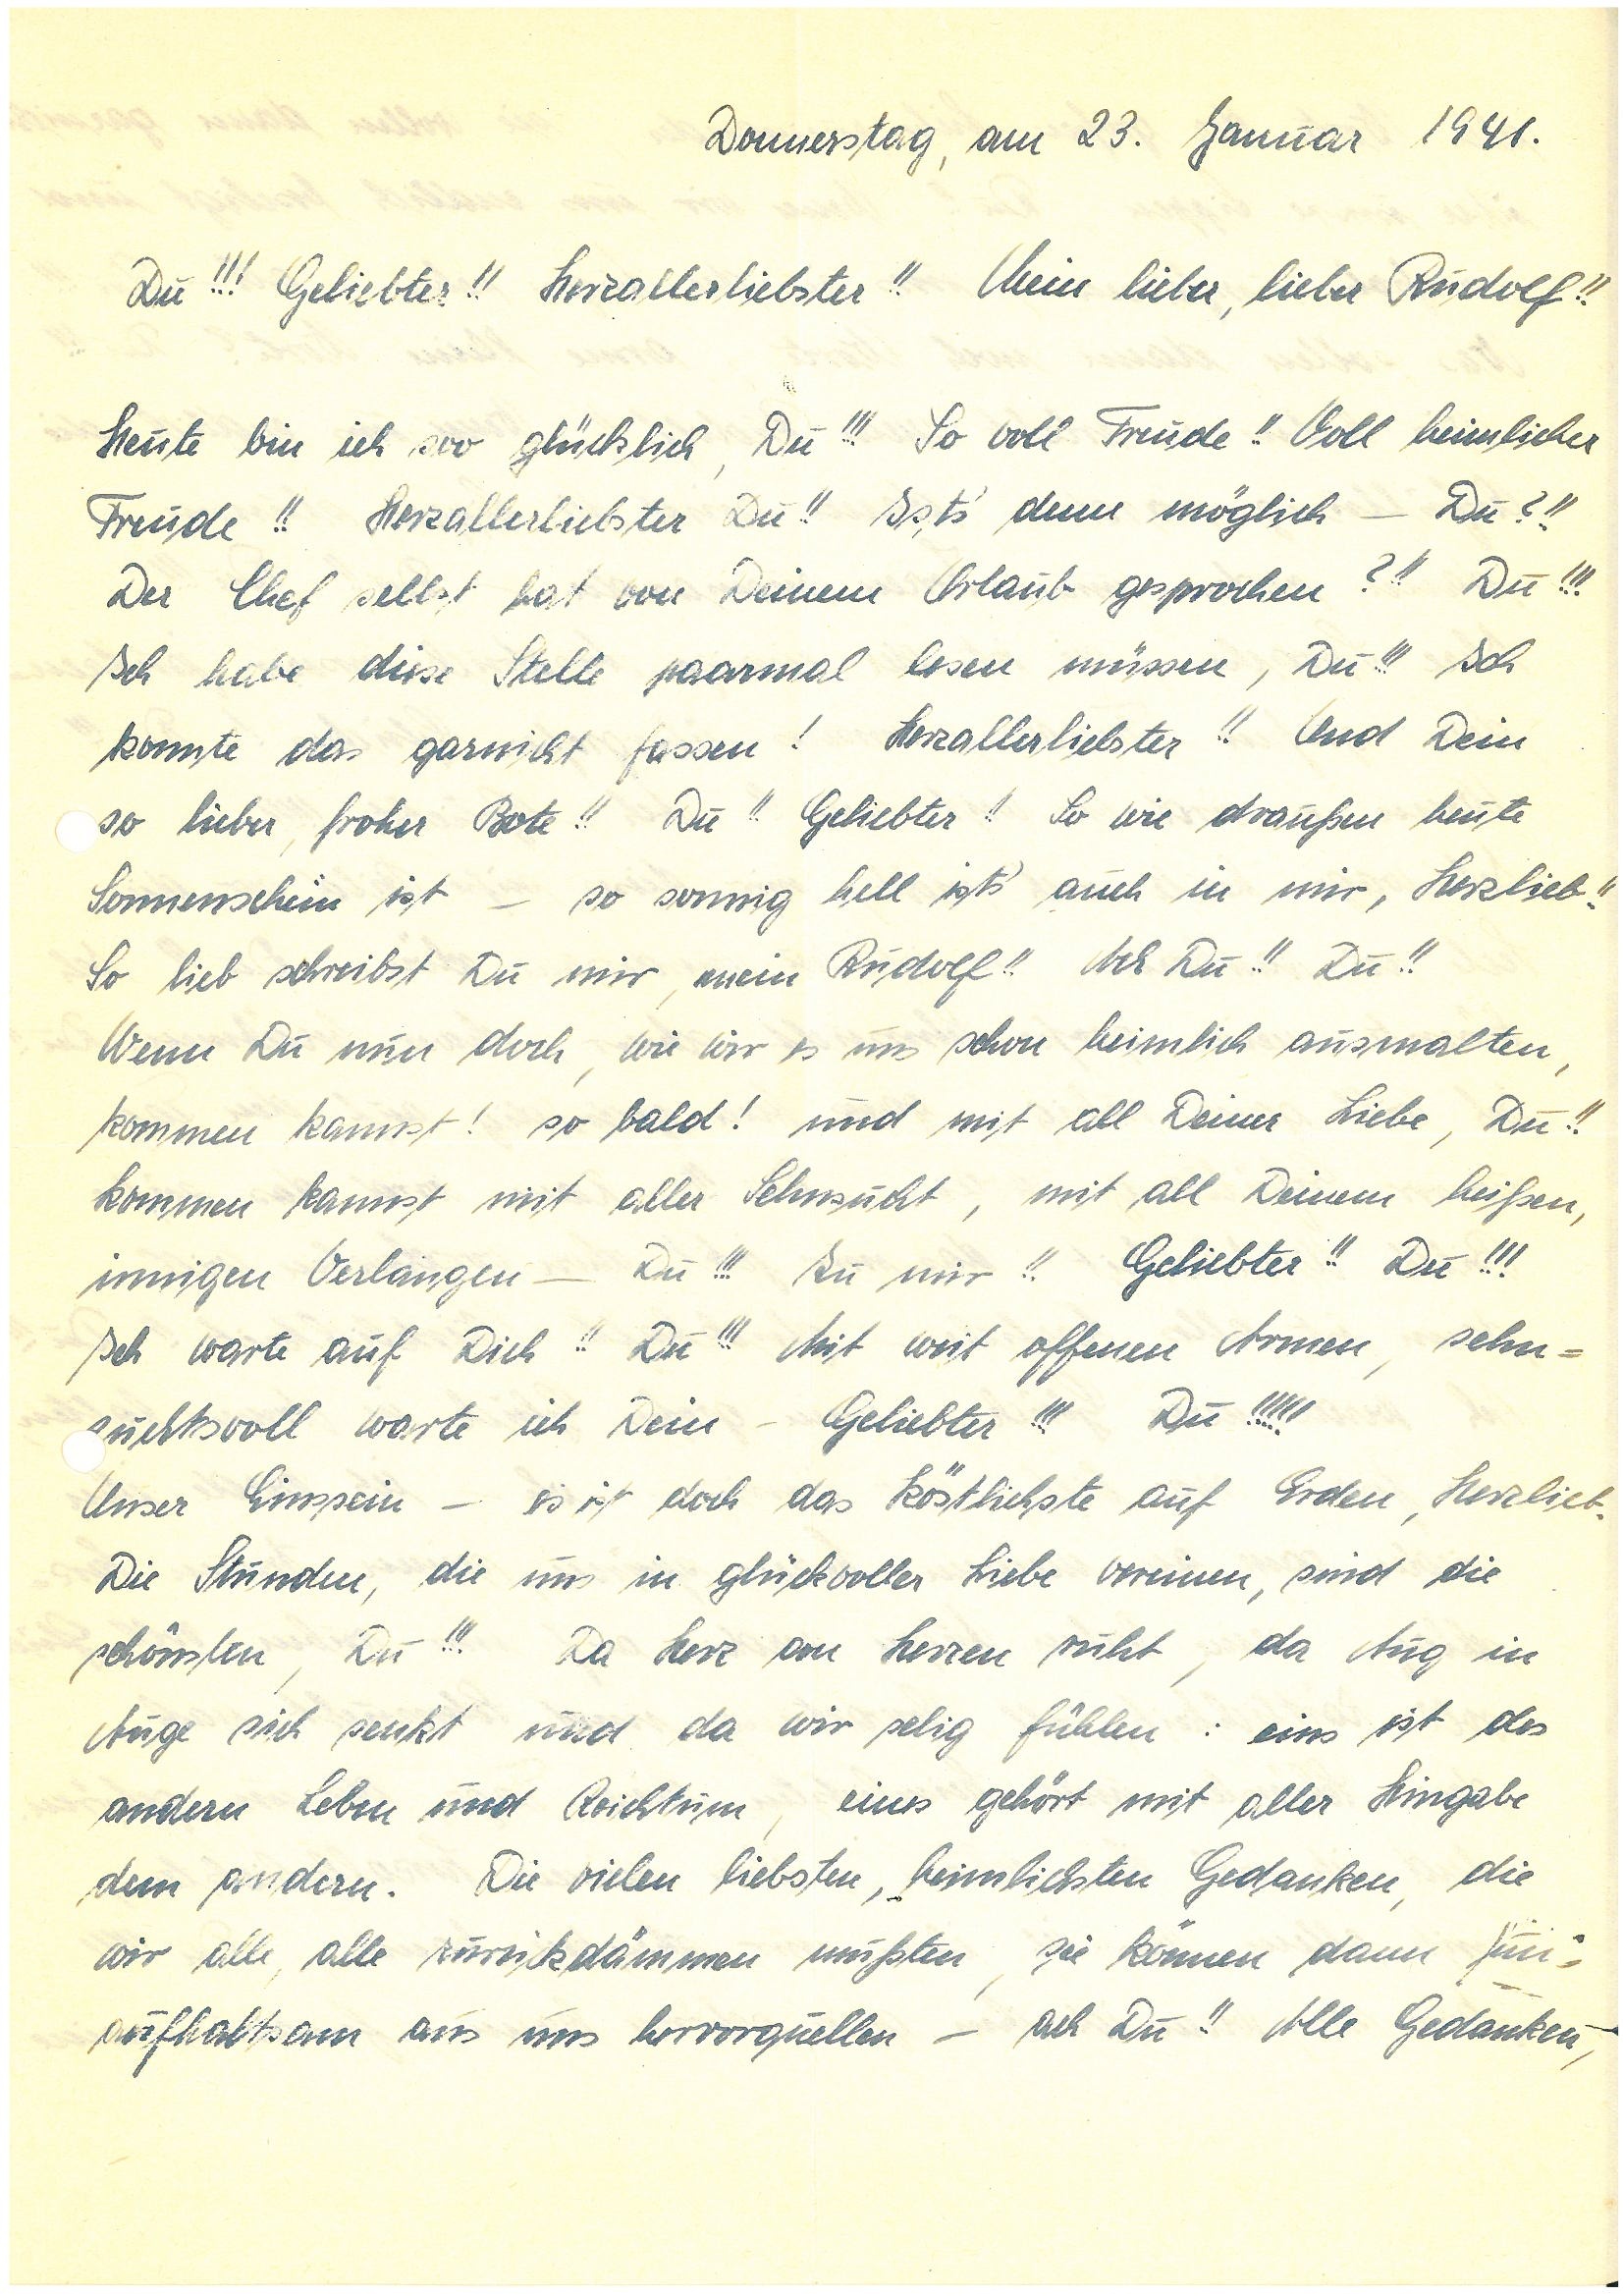
Donnerstag, am 23. Januar 1941.
Du!!! Geliebter!! Herzallerliebster!! Mein lieber, lieber!!
Heute bin ich soo glücklich, Du!!! So voll Freude!! Voll himmlischer
Freude!! Herzallerliebster Du!! Ist’s denn möglich – Du?!!
Der Chef selbst hat von Deinem Urlaub gesprochen?!! Du!!!
Ich habe diese Stelle paarmal lesen müssen, Du!!! Ich
konnte das garnicht fassen! Herzallerliebster!! Und Dein
so lieber, froher Bote!! Du!! Geliebter!! So wie draußen heute
Sonnenschein ist – so sonnig hell ists´ auch in mir, Herzlieb!!
So lieb schreibst Du mir, mein!! Ach Du!! Du!!
Wenn Du nun doch, wie wir es uns schon heimlich ausmalten,
kommen kannst! so bald! und mit all Deiner Liebe, Du!!
kommen kannst mit aller Sehnsucht, mit all Deinem heißen,
innigen Verlangen – Du!!! Zu mir!! Geliebter!! Du!!!
Ich warte auf Dich!! Du!!! Mit weit offenen Armen, sehn¬
suchtsvoll warte ich Dein – Geliebter!!! Du!!!!!
Unser Einssein – es ist doch das Köstlichste auf Erden, Herzlieb.
Die Stunden, die uns in glückvoller Liebe vereinen, sind die
schönsten, Du!!! Da Herz am Herzen ruht, da Aug in
Auge sich senkt und da wir selig fühlen: eins ist des
andern Leben und Reichtum, eines gehört mit aller Hingabe
dem andern. Die vielen liebsten, heimlichsten Gedanken, die
wir alle, alle zurückdämmen mußten, sie können dann un¬
aufhaltsam aus uns hervorquellen – ach Du!! Alle Gedanken,